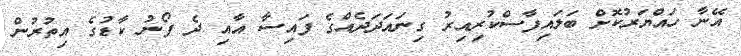
އޭނާ ހައްޔަރުކޮށް ބަލައިފާސްކުރިއިރު ގިނައަދަދެއްގެ ފައިސާ އާއި ދެ ފޯނު ކާޑުގެ އިތުރުން